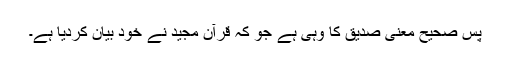
پس صحیح معنیٰ صدیق کا وہی ہے جو کہ قرآن مجید نے خود بیان کردیا ہے۔